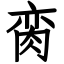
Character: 脔